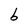
Character: b